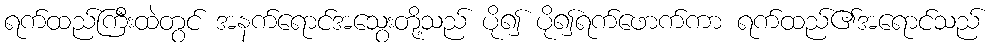
ရက်ထည်ကြီးထဲတွင် အနက်ရောင်အသွေးတို့သည် ပို၍ ပို၍ရက်ဖောက်ကာ ရက်ထည်၏အရောင်သည်